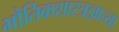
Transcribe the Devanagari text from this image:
भौतिकशास्त्रज्ञाच्या